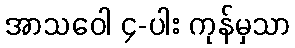
အာသဝေါ ၄-ပါး ကုန်မှသာ